Vaccine operations Central Provinces 1900-1911 - 1900-1911
Year: 1900
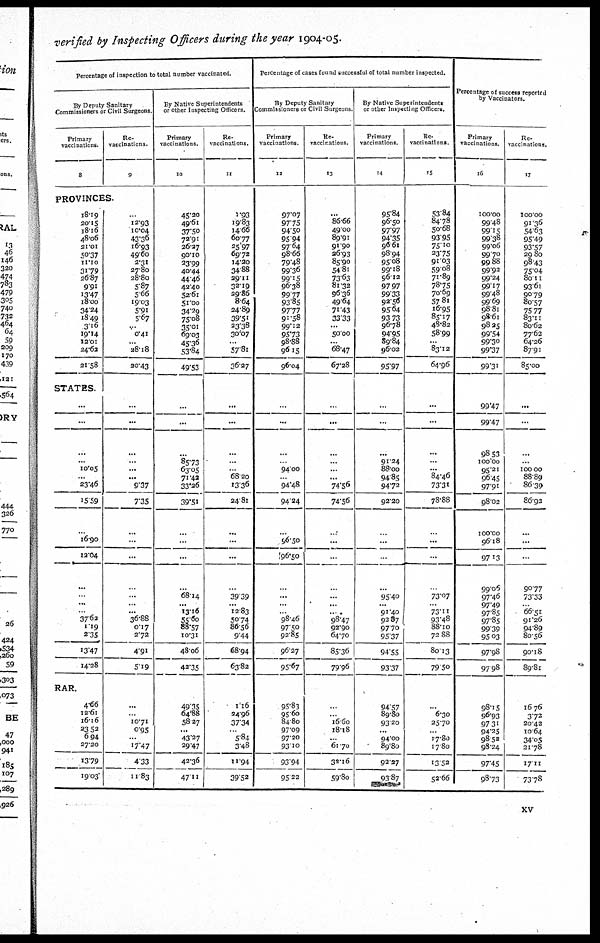
verified by Inspecting Officers during the year 1904-05.
Percentage of inspection to total number vaccinated.
By Deputy Sanitary
Commissioners or Civil Surgeons
Primary
vaccinations
8
Re¬
vaccinations.
9
PROVINCES.
18.19
20.15
18.16
48.06
21.01
50.37
11.10
31.79
26.87
9.91
13.47
18.00
34.24
18.49
3.16
19.14
12.01
24.62
21.58
...
12.93
10.04
43.36
16.93
49.60
2.31
27.80
28.80
5.87
5.66
19.03
5.91
5.67
...
0.41
...
28.18
20.43
STATES.
...
...
...
...
10.05
...
23.46
15.59
...
16.90
12.04
...
...
...
...
37.62
1.19
2.35
13.47
14.28
...
...
...
...
...
...
9.37
7.35
...
...
...
...
...
...
...
36.88
0.17
2.72
4.91
5.19
RAR.
4.66
12.61
16.16
23.52
6.94
27.20
13.79
19.03
...
...
10.71
0.95
...
17.47
4.33
11.83
By Native Superintendents
or other Inspecting Officers.
Primary
vaccinations.
10
45.20
49.61
37.50
72.91
26.27
90.10
33.99
40.44
44.46
42.40
52.61
51.00
34.29
75.08
35.01
69.03
45.36
53.84
49.53
...
...
85.73 ...
63.05
71.42
33.26
39.51
...
...
...
...
68.14
...
13.16
55.60
88.57
10.31
48.06
42.35
49.35
64.88
58.27
...
43.27
29.47
42.36
47.11
Re¬
vaccinations.
11
1.93
19.83
14.66
60.77
25.97
69.72
14.20
34.88
29.11
32.19
29.86
8.64
24.89
39.51
23.38
30.07
...
57.81
36.27
...
...
...
...
...
68.20
13.36
24.81
...
...
...
...
39.39
...
12.83
50.74
86.56
9.44
68.94
63.82
1.16
24.96
37.34
...
5.84
3.48
11.94
39.52
Percentage of cases found successful of total number inspected.
By Deputy Sanitary
Commissioners or Civil Surgeons
Primary
vaccinations.
12
97.07
97.75
94.50
95.94
97.64
98.66
79.48
99.36
99.15
96.38
99.77
93.85
97.77
91.58
99.12
95.73
98.88
96.15
96.04
...
...
...
...
94.00
...
94.48
94.24
...
96.50
96.50
...
...
...
...
98.46
97.50
92.85
96.27
95.67
95.83
95.60
84.80
97.09
97.20
93.10
93.94
95.22
Re¬
vaccinations.
13
...
86.66
49.00
89.91
91.90
26.93
85.90
54.81
73.63
81.32
96.36
49.64
71.43
33.33
...
50.00
...
68.47
67.28
...
...
...
...
...
...
74.56
74.56
...
...
...
...
...
...
...
98.47
92.90
64.70
85.36
79.96
...
...
16.60
18.18
...
61.70
38.10
59.80
By Native Superintendents
or other Inspecting Officers.
Primary
vaccinations.
14
95.84
96.50
97.97
94.35
96.61
98.94
95.08
99.18
96.12
97.97
99.33
92.56
95.64
93.73
96.78
94.95
89.84
96.02
95.97
...
...
91.24
88.00
94.85
94.72
92.20
...
...
...
...
95.40
...
91.40
92.87
97.70
95.37
94.55
93.37
94.57
89.80
93.20
...
94.00
89.80
92.27
93.87
Re¬
vaccinations
15
53.84
84.78
50.68
93.95
75.10
23.75
91.03
59.08
71.89
78.75
70.69
57.81
16.95
85.17
48.82
58.99
...
83.12
64.96
...
...
...
...
...
84.46
73.31
78.88
...
...
...
...
73.07
...
73.11
93.48
88.10
72.88
80.13
79.50
...
6.30
25.70
...
17.80
17.80
13.52
52.66
Percentage of success reported
by Vaccinators.
Primary
vaccinations.
16
100.00
99.48
99.15
99.38
99.06
99.70
99.88
99.92
99.24
99.17
99.48
99.69
98.81
98.61
98.25
99.54
99.30
99.37
99.31
99.47
99.47
98.53
100.00
95.21
96.45
97.91
98.02
100.00
96.18
97.13
99.06
97.46
97.49
97.85
97.85
99.39
95.03
97.98
97.98
98.15
96.93
97.31
94.25
98.52
98.24
97.45
98.73
Re¬
vaccinations.
17
100.00
91.36
54.63
95.49
93.57
29.80
98.43
75.04
80.11
93.61
90.79
80.57
75.77
83.11
80.62
77.62
64.26
87.91
85.00
...
...
...
...
100.00
88.89
86.39
86.92
...
...
...
90.77
73.33
...
66.51
91.26
94.89
80.56
90.18
89.81
16.76
3.72
20.42
10.64
34.05
21.78
17.11
73.78
xv